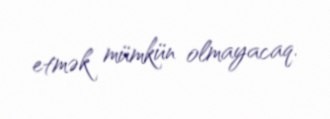
etmək mümkün olmayacaq.